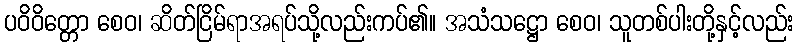
ပဝိဝိတ္တော စေဝ၊ ဆိတ်ငြိမ်ရာအရပ်သို့လည်းကပ်၏။ အသံသဋ္ဌော စေဝ၊ သူတစ်ပါးတို့နှင့်လည်း